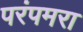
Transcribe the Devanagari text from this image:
परंपमरा